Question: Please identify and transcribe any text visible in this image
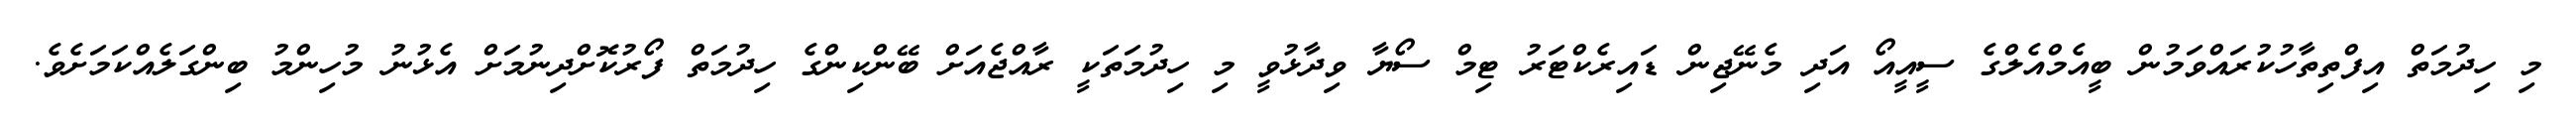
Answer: މި ހިދުމަތް އިފްތިތާހުކުރައްވަމުން ބީއެމްއެލްގެ ސީއީއޯ އަދި މެނޭޖިން ޑައިރެކްޓަރު ޓިމް ސޯޔާ ވިދާޅުވީ މި ހިދުމަތަކީ ރާއްޖެއަށް ބޭންކިންގެ ހިދުމަތް ފޯރުކޮށްދިނުމަށް އެޅުނު މުހިންމު ބިންގަލެއްކަމަށެވެ.